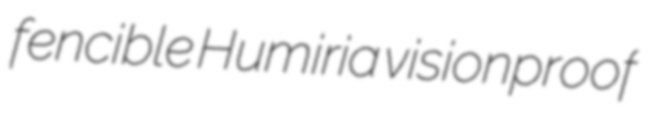
fencible Humiria visionproof